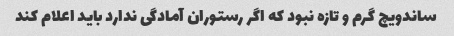
ساندویچ گرم و تازه نبود که اگر رستوران آمادگی ندارد باید اعلام کند